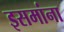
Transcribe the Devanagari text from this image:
इसमांना